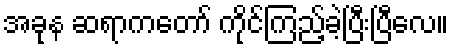
အခုန ဆရာကတော် ကိုင်ကြည့်ခဲ့ပြီးပြီလေ။